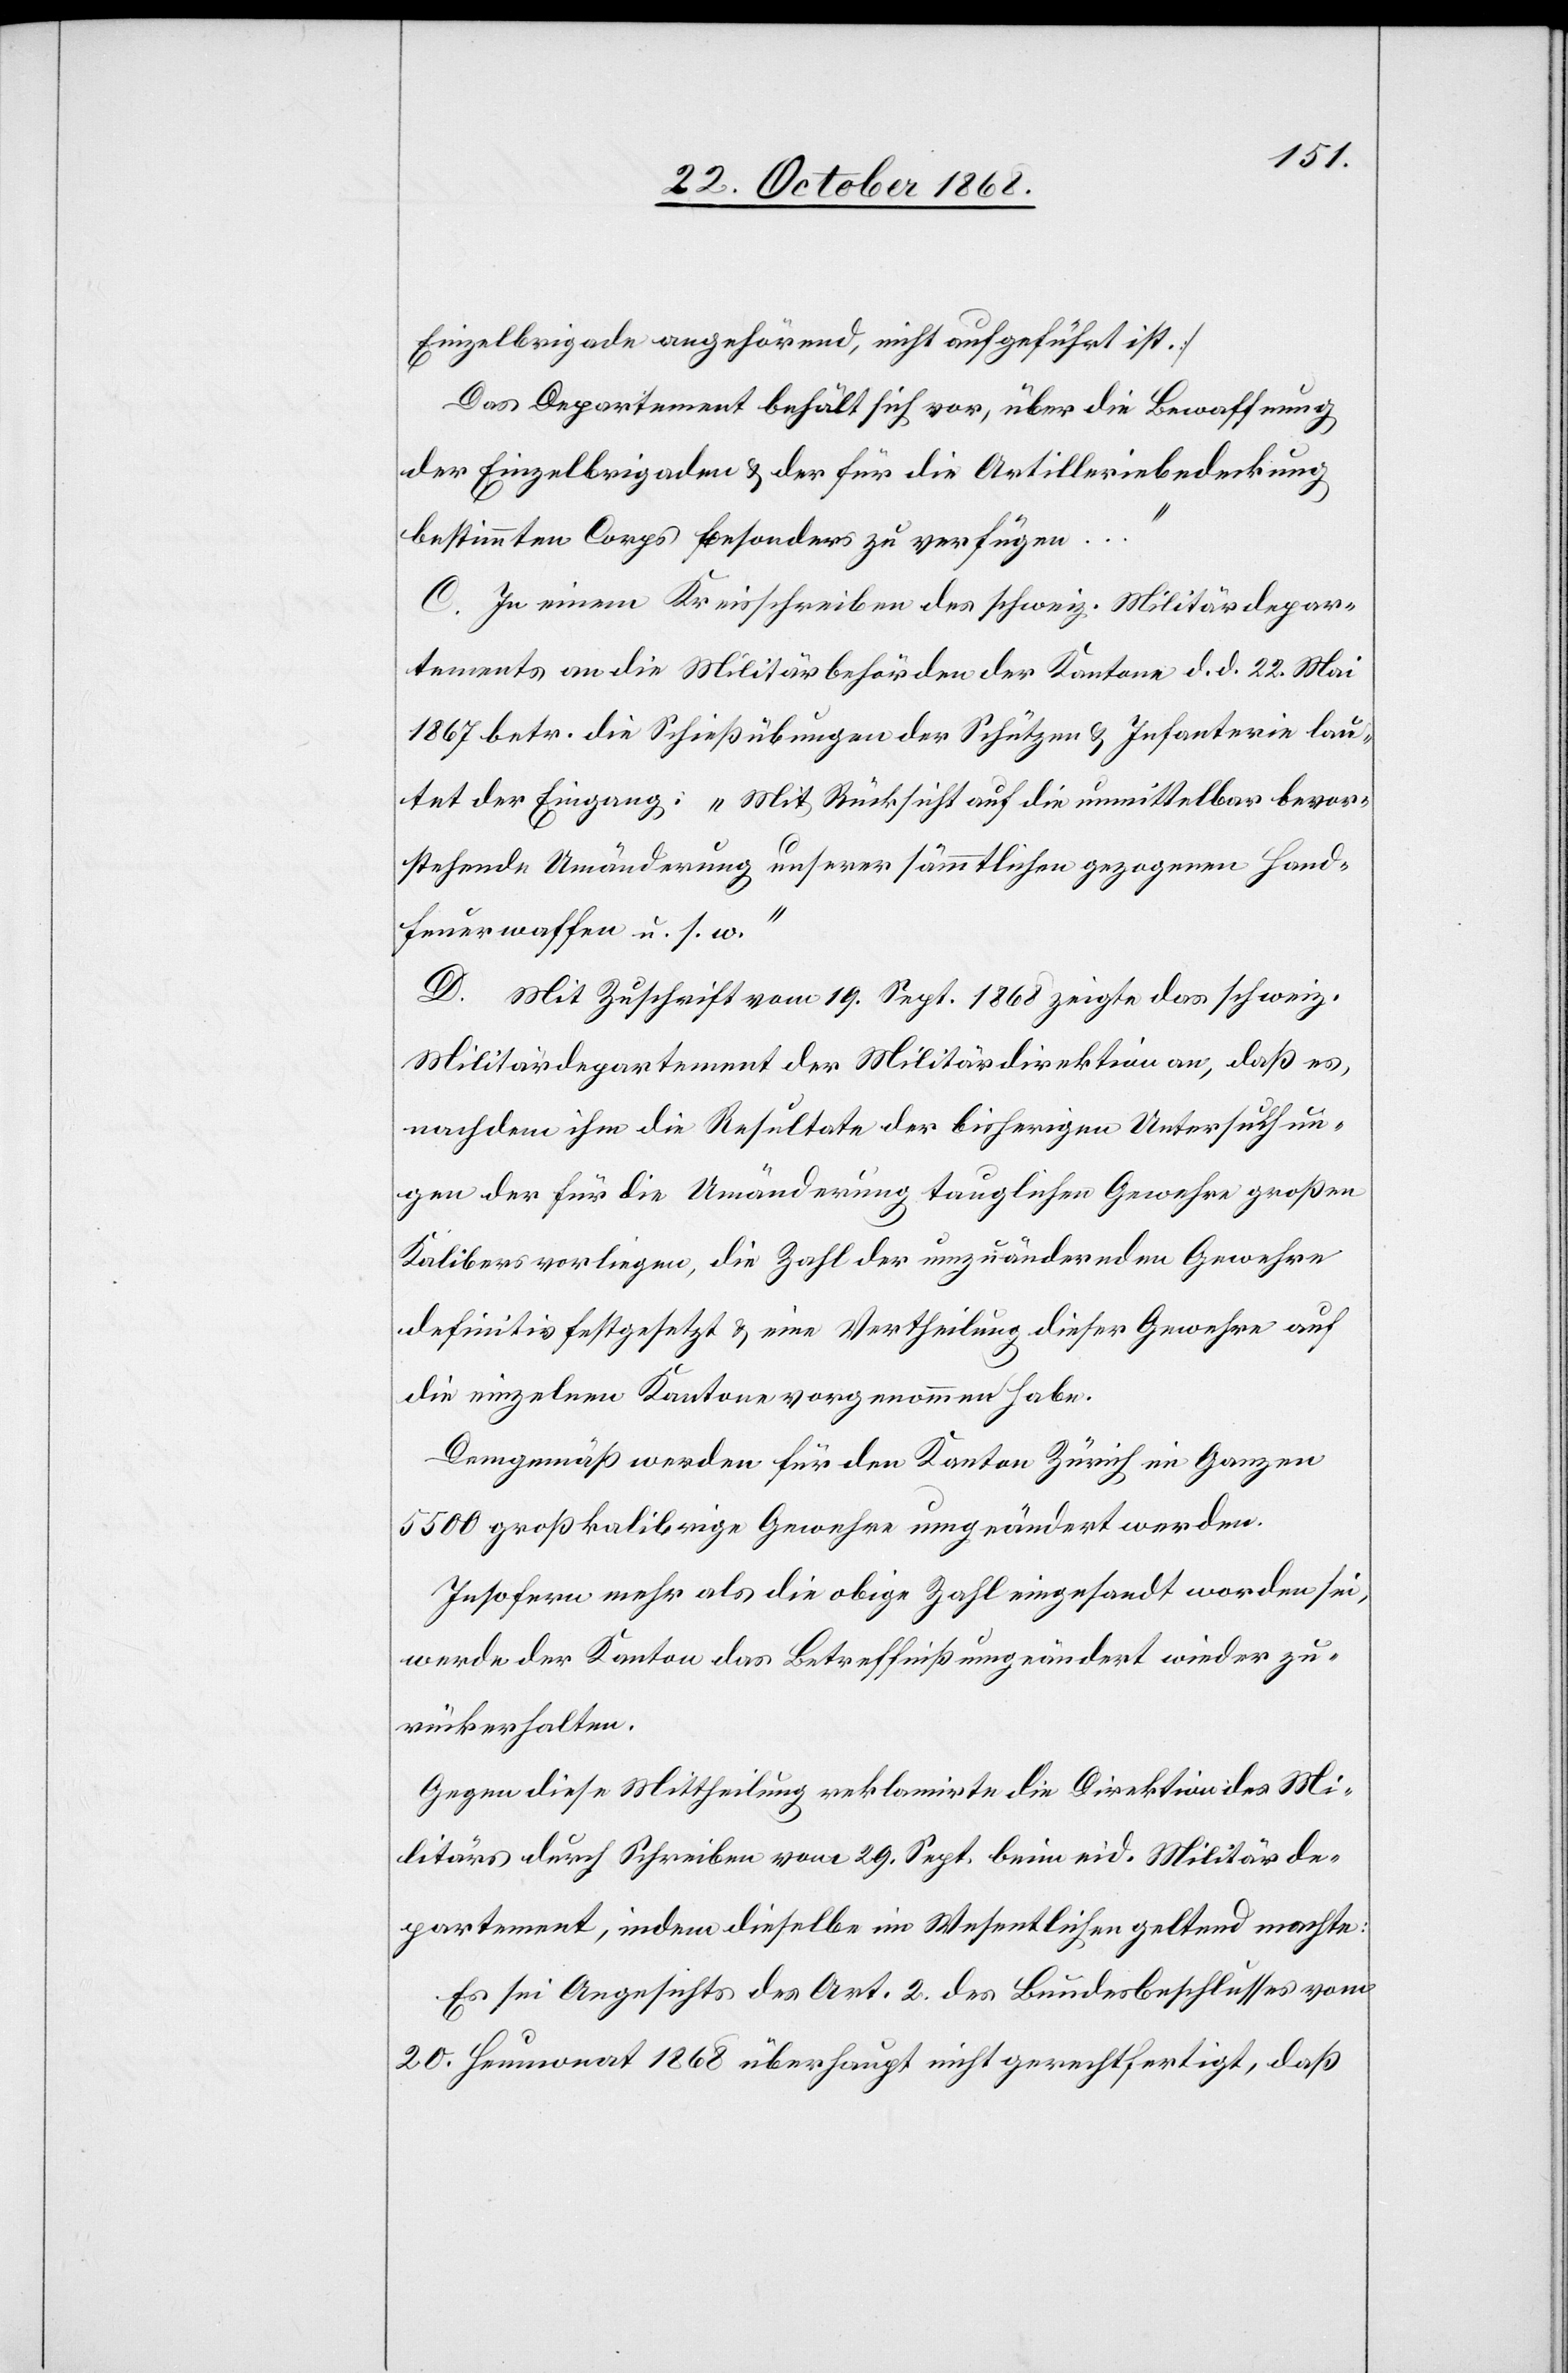
Einzelbrigade angehörend, nicht aufgeführt ist.]
Das Departement behält sich vor, über die Bewaffnung
der Einzelbrigaden & der für die Artilleriebedeckung
bestimmten Corps besonders zu verfügen …
C. In einem Kreisschreiben des schweiz. Militärdepar¬
tements an die Militärbehörden der Kantone d. d. 22. Mai
1867 betr. die Schießübungen der Schützen & Infanterie lau¬
tet der Eingang: „Mit Rücksicht auf die unmittelbar bevor¬
stehende Umänderung unserer sämmtlichen gezogenen Hand¬
feuerwaffen u. s. w.“
D. Mit Zuschrift vom 19. Sept. 1868 zeigte das schweiz.
Militärdepartement der Militärdirektion an, daß es,
nachdem ihm die Resultate der bisherigen Untersuchun¬
gen der für die Umänderung tauglichen Gewehre großen
Kalibers vorliegen, die Zahl der umzuändernden Gewehre
definitiv festgesetzt & eine Vertheilung dieser Gewehre auf
die einzelnen Kantone vorgenommen habe.
Demgemäß werden für den Kanton Zürich im ganzen
5500 großkalibrige Gewehre umgeändert werden.
Insofern mehr als die obige Zahl eingesandt worden sei,
werde der Kanton das Betreffniß umgeändert wieder zu¬
rückerhalten.
Gegen diese Mittheilung reklamirte die Direktion des Mi¬
litärs durch Schreiben vom 29. Sept. beim eid. Militärde¬
partement, indem dieselbe im Wesentlichen geltend machte:
Es sei Angesichts des Art. 2. des Bundesbeschlusses vom
20. Heumonat 1868 überhaupt nicht gerechtfertigt, daß